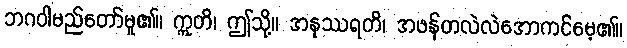
ဘဂဝါမည်တော်မူ၏။ ဣတိ၊ ဤသို့။ အနုဿရတိ၊ အဖန်တလဲလဲအောကင်မေ့၏။